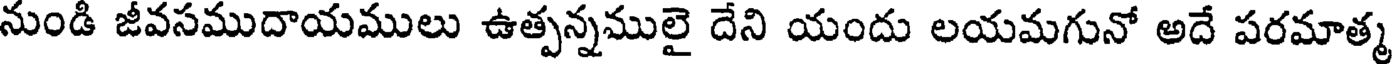
నుండి జీవసముదాయములు ఉత్పన్నములై దేని యందు లయమగునో అదే పరమాత్మ